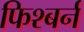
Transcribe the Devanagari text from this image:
फिश्बर्न